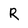
Character: R